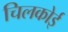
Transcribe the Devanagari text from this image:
चिलकोई